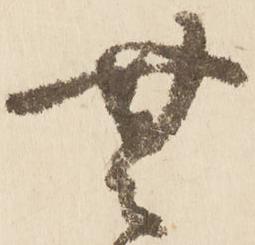
無